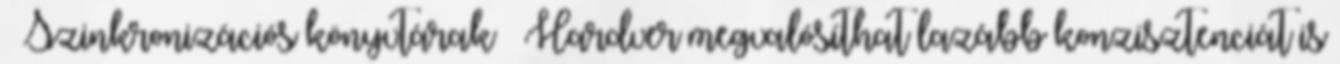
● Szinkronizációs könyvtárak – Hardver megvalósíthat lazább konzisztenciát is